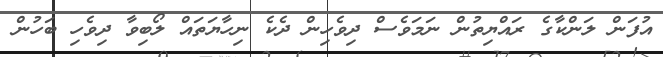
އުފަން ލަންކާގެ ރައްޔިތުން ނަމަވެސް ދިވެހިން ދެކެ ނިހާޔަތައް ލޯބިވާ ދިވެހި ބަހުން